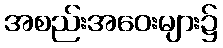
အစည်းအဝေးများ၌